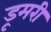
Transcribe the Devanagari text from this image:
डूमरी